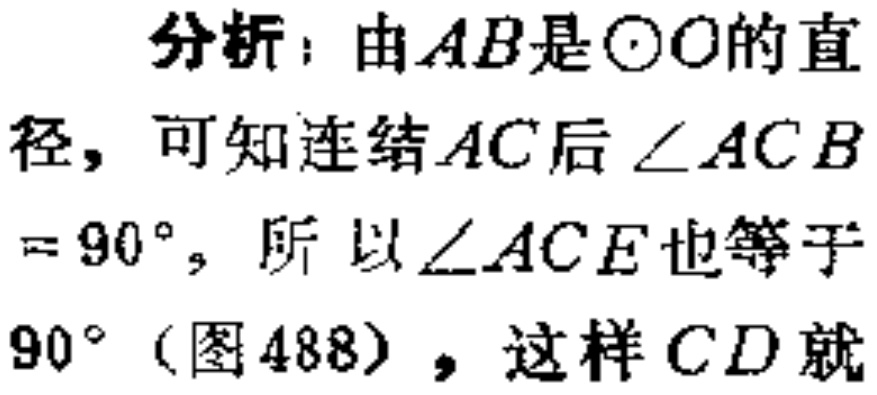
分析：由\(AB\)是\(\odot O\)的直径，可知连结\(AC\)后\(\angle ACB = 90^{\circ}\)，所以\(\angle ACE\)也等于\(90^{\circ}\)（图488），这样\(CD\)就